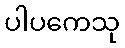
ပါပကေသု